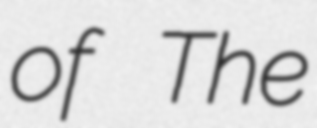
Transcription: of The